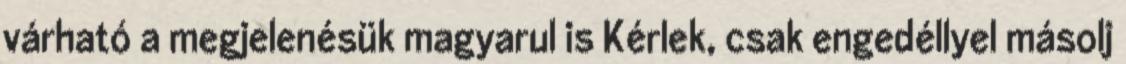
várható a megjelenésük magyarul is Kérlek, csak engedéllyel másolj